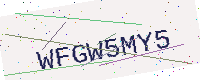
Text: WFGW5MY5